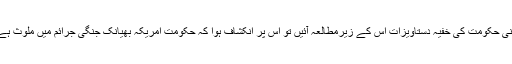
اپنی حکومت کی خفیہ دستاویزات اس کے زیرمطالعہ آئیں تو اس پر انکشاف ہوا کہ حکومت امریکہ بھیانک جنگی جرائم میں ملوث ہے۔